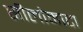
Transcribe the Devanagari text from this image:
सीलोमाटा